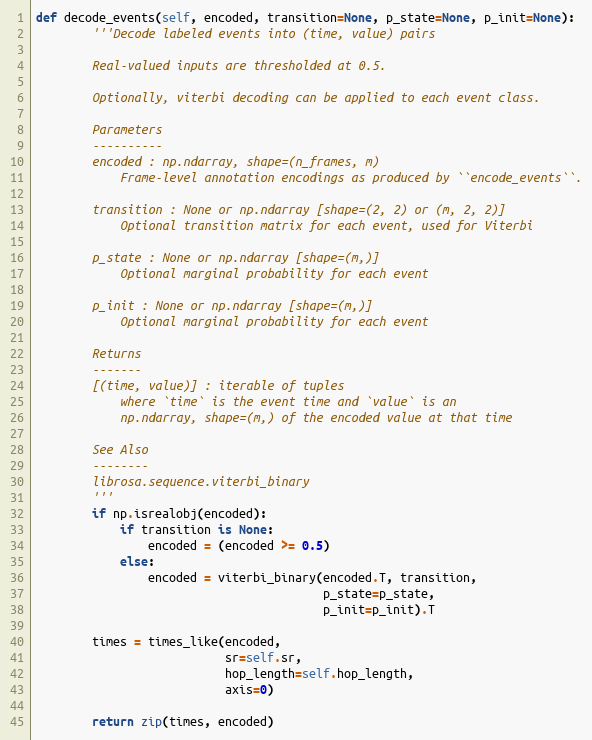
Language: Python
def decode_events(self, encoded, transition=None, p_state=None, p_init=None):
        '''Decode labeled events into (time, value) pairs

        Real-valued inputs are thresholded at 0.5.

        Optionally, viterbi decoding can be applied to each event class.

        Parameters
        ----------
        encoded : np.ndarray, shape=(n_frames, m)
            Frame-level annotation encodings as produced by ``encode_events``.

        transition : None or np.ndarray [shape=(2, 2) or (m, 2, 2)]
            Optional transition matrix for each event, used for Viterbi

        p_state : None or np.ndarray [shape=(m,)]
            Optional marginal probability for each event

        p_init : None or np.ndarray [shape=(m,)]
            Optional marginal probability for each event

        Returns
        -------
        [(time, value)] : iterable of tuples
            where `time` is the event time and `value` is an
            np.ndarray, shape=(m,) of the encoded value at that time

        See Also
        --------
        librosa.sequence.viterbi_binary
        '''
        if np.isrealobj(encoded):
            if transition is None:
                encoded = (encoded >= 0.5)
            else:
                encoded = viterbi_binary(encoded.T, transition,
                                         p_state=p_state,
                                         p_init=p_init).T

        times = times_like(encoded,
                           sr=self.sr,
                           hop_length=self.hop_length,
                           axis=0)

        return zip(times, encoded)